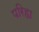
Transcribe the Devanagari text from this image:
परिहा